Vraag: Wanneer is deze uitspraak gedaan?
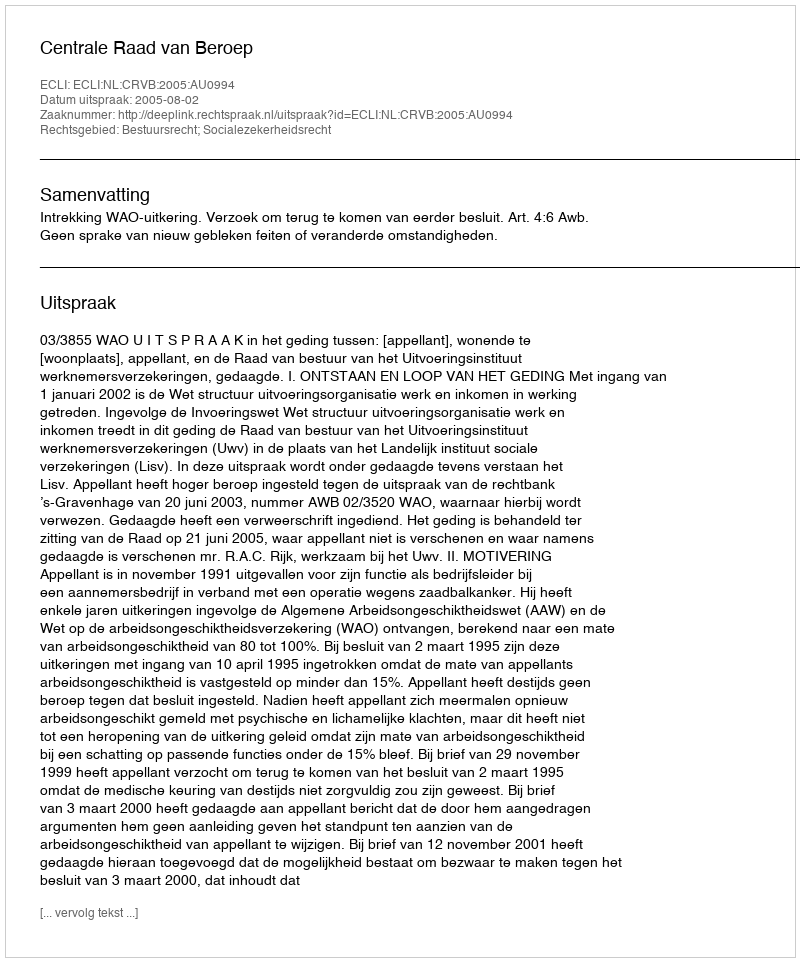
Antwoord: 2005-08-02